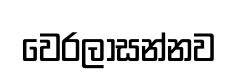
වෙරලාසන්නව